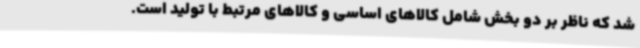
شد که ناظر بر دو بخش شامل کالاهای اساسی و کالاهای مرتبط با تولید است.